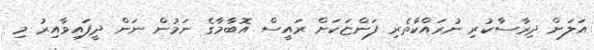
އަލަށް ދިރާސާކުރި ނުރައްކާތެރި ފަންޏަކަށް ރައީސް އޮބާމާގެ ނަމުން ނަން ދީފައިވާއިރު މި